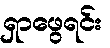
ရှာဖွေရင်း